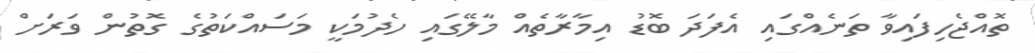
ތޮއްޖެހިފައިވާ ތަނެއްގައި އެފަދަ ބޮޑު އިމާރާތެއް މާލޭގައި ހެދުމަކީ މަސައްކަތުގެ ގޮތުން ވަރަށް